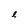
Character: e